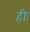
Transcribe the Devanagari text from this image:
हीः